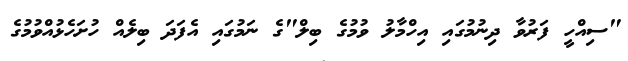
"ސިއްހީ ފަރުވާ ދިނުމުގައި އިހްމާލު ވުމުގެ ބިލް"ގެ ނަމުގައި އެފަދަ ބިލެއް ހުށަހެޅުއްވުމުގެ